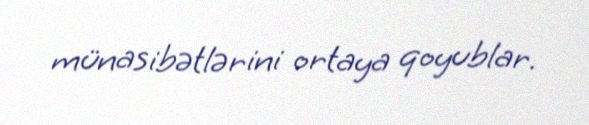
münasibətlərini ortaya qoyublar.